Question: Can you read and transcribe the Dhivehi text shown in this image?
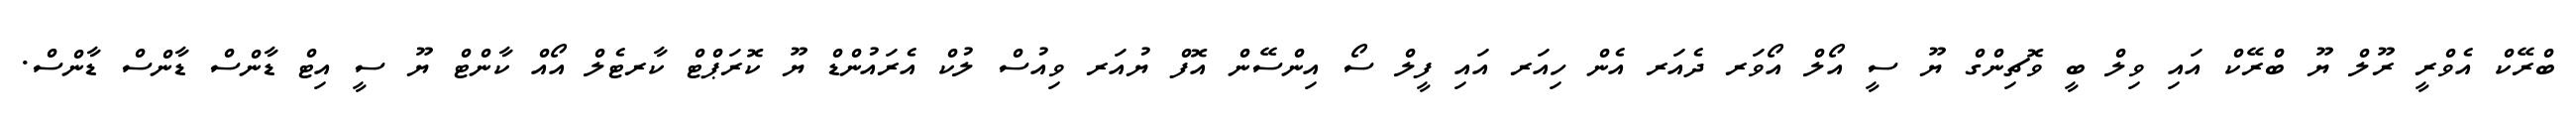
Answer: ބްރޭކް އެވްރީ ރޫލް ޔޫ ބްރޭކް އައި ވިލް ބީ ވޮޗިންގް ޔޫ ސީ އޯލް އޯވަރ ދެއަރ އެން ހިއަރ އައި ފީލް ސޯ އިންސޭން އޮފް ޔުއަރ ވިއުސް ލުކް އެރައުންޑް ޔޫ ކޮރަޕްޓް ކާރޓެލް އޯއް ކާންޓް ޔޫ ސީ އިޓް ޑާންސް ޑާންސް ޑާންސް.